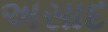
અસાદ